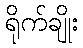
ရိုက်ချိုး